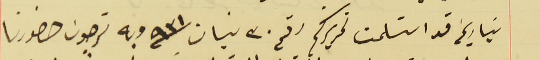
بتاريخه قد استلمت تحريركم رقم ٣٠ نيسان سنة ٩٣١ وبه ترجون حضورنا